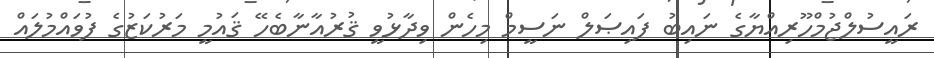
ރައީސުލްޖުމްހޫރިއްޔާގެ ނައިބު ފައިޞަލް ނަސީމް މިހެން ވިދާޅުވީ ޤުރުއާނާބެހޭ ޤައުމީ މަރުކަޒުގެ ފުވައްމުލައް